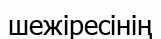
шежіресінің